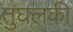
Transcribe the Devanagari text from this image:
तुघलकी